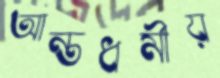
আন্তধর্মীয়